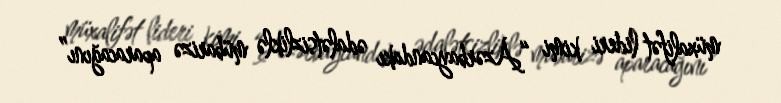
müxalifət lideri kimi “Azərbaycandakı ədalətsizliklə mübarizə aparacağını”